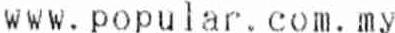
WWW. POPULAR . COM. MY